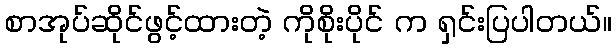
စာအုပ်ဆိုင်ဖွင့်ထားတဲ့ ကိုစိုးပိုင် က ရှင်းပြပါတယ်။